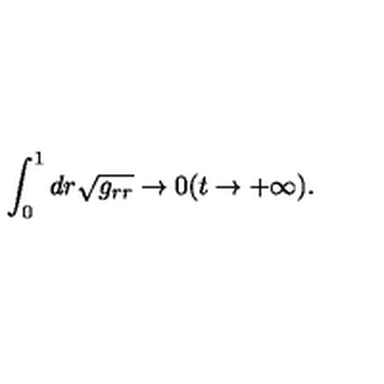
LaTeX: \int _ { 0 } ^ { 1 } d r \sqrt { g _ { r r } } \to 0 ( t \to + \infty ) .